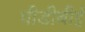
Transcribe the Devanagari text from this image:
पीडीबीई